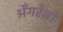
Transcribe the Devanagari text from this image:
अँगरेज़ों